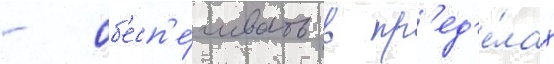
- об'есп'е́чивать в пр'ед'е́лах